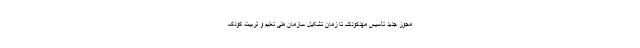
مجوز جدید تأسیس مهدکودک تا زمان تشکیل سازمان ملی تعلیم و تربیت کودک